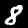
Label: 8